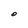
Character: O